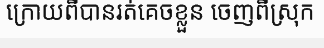
ក្រោយពីបានរត់គេចខ្លួន ចេញពីស្រុក